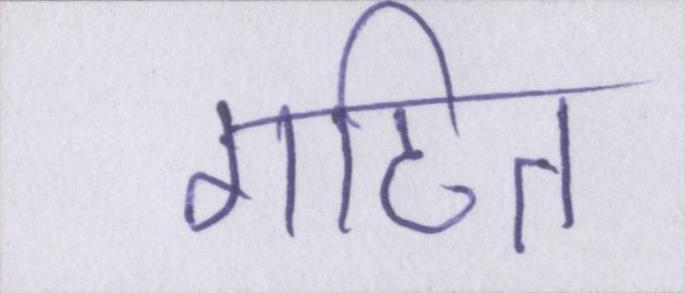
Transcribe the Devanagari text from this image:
गठित